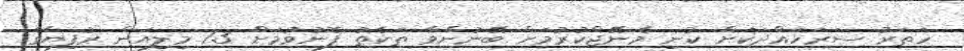
ހަތަރު ސަރަހައްދަކަށް ކުނި މެނޭޖްކުރުމަށް ބޭނުންވާ ތަކެތު ފޮނުވުމަށް 7.3 މިލިއަން ރުފިޔާގެ